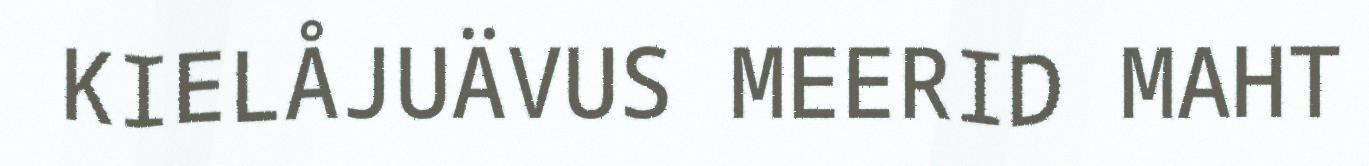
KIELÅJUÄVUS MEERID MAHT